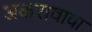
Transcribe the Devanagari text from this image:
अकरावावा